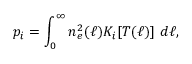
p _ { i } = \int _ { 0 } ^ { \infty } n _ { e } ^ { 2 } ( \ell ) K _ { i } [ T ( \ell ) ] \ d \ell ,